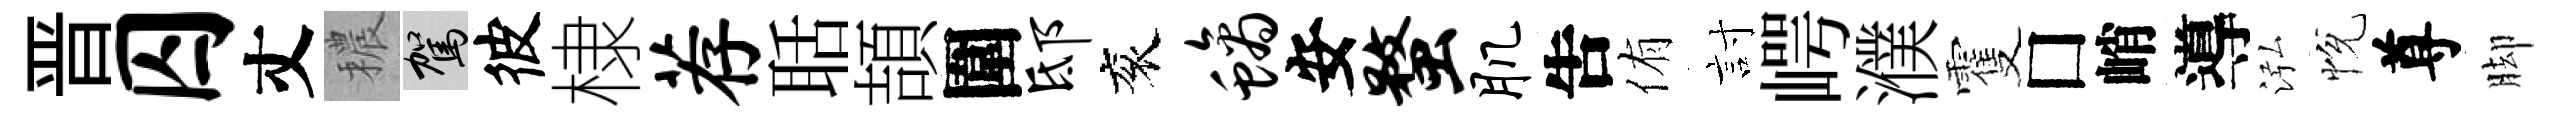
晋囚丈穠駕彼棣荐聒頡圍邸衮螭安蝥肌吿侑討崿濮䨥□峭導泓恱尊脚